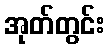
အုတ်တွင်း